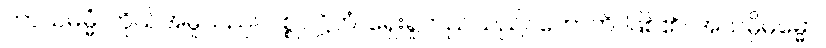
ကာယမမ္မံ၊ ကိုယ်အမှုသည်။ ပစ္စုပဋ္ဌိတံ၊ ရှေးရှုတည်သည်။ ဟောတိ၊ ဖြစ်၏။ အယမ္ပိဓမ္မော၊